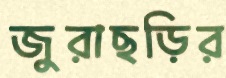
জুরাছড়ির